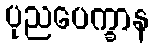
ပုညပေက္ခာန